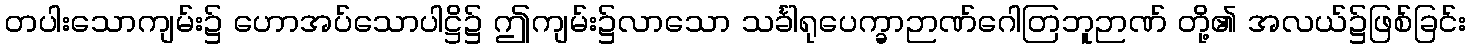
တပါးသောကျမ်း၌ ဟောအပ်သောပါဋ္ဌိ၌ ဤကျမ်း၌လာသော သင်္ခါရုပေက္ခာဉာဏ်ဂေါတြဘူဉာဏ် တို့၏ အလယ်၌ဖြစ်ခြင်း